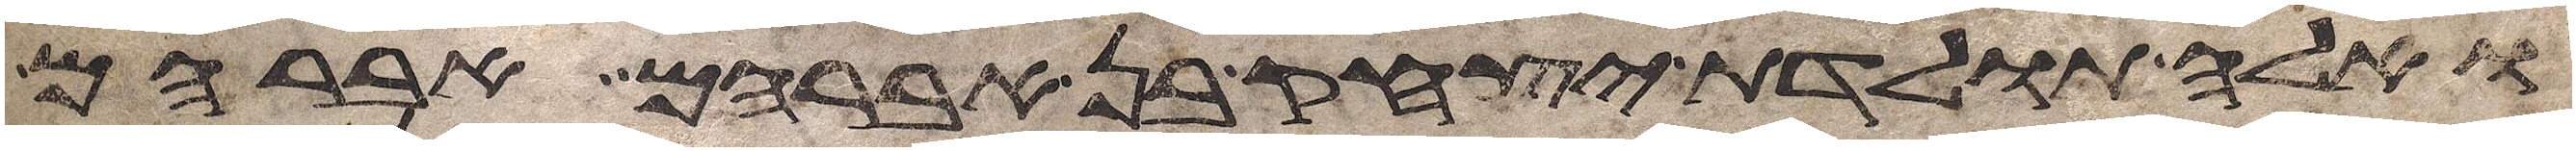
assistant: ואלה תולדת יצחק בן אברהם אברהם